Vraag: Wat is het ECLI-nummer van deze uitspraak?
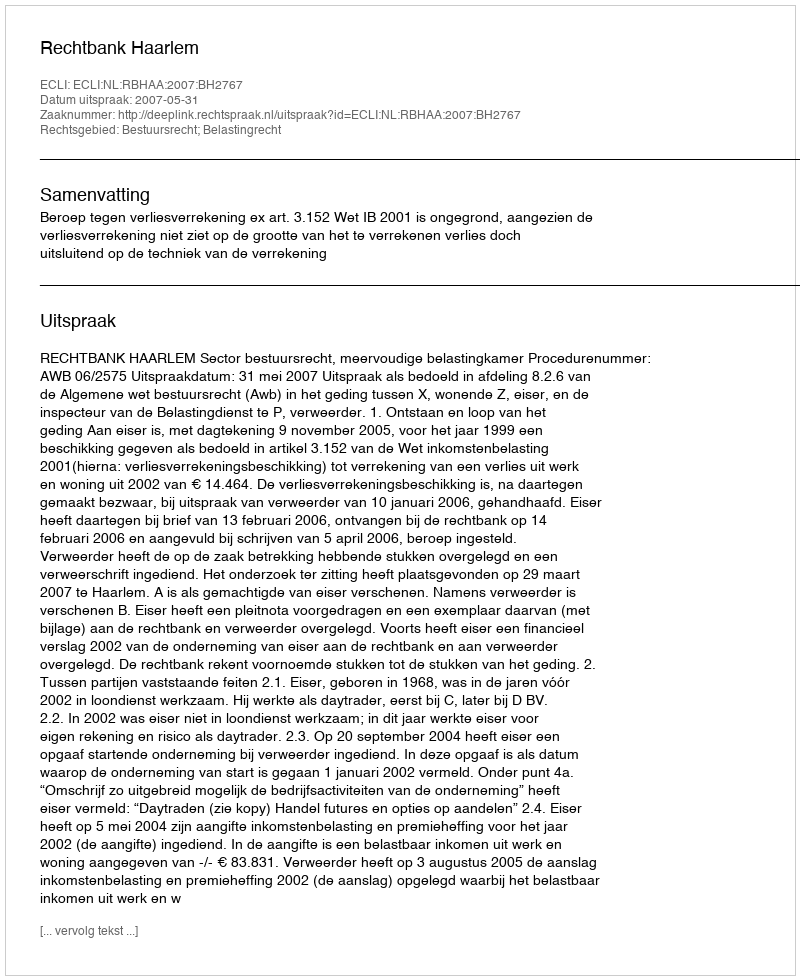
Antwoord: ECLI:NL:RBHAA:2007:BH2767